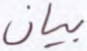
بيان